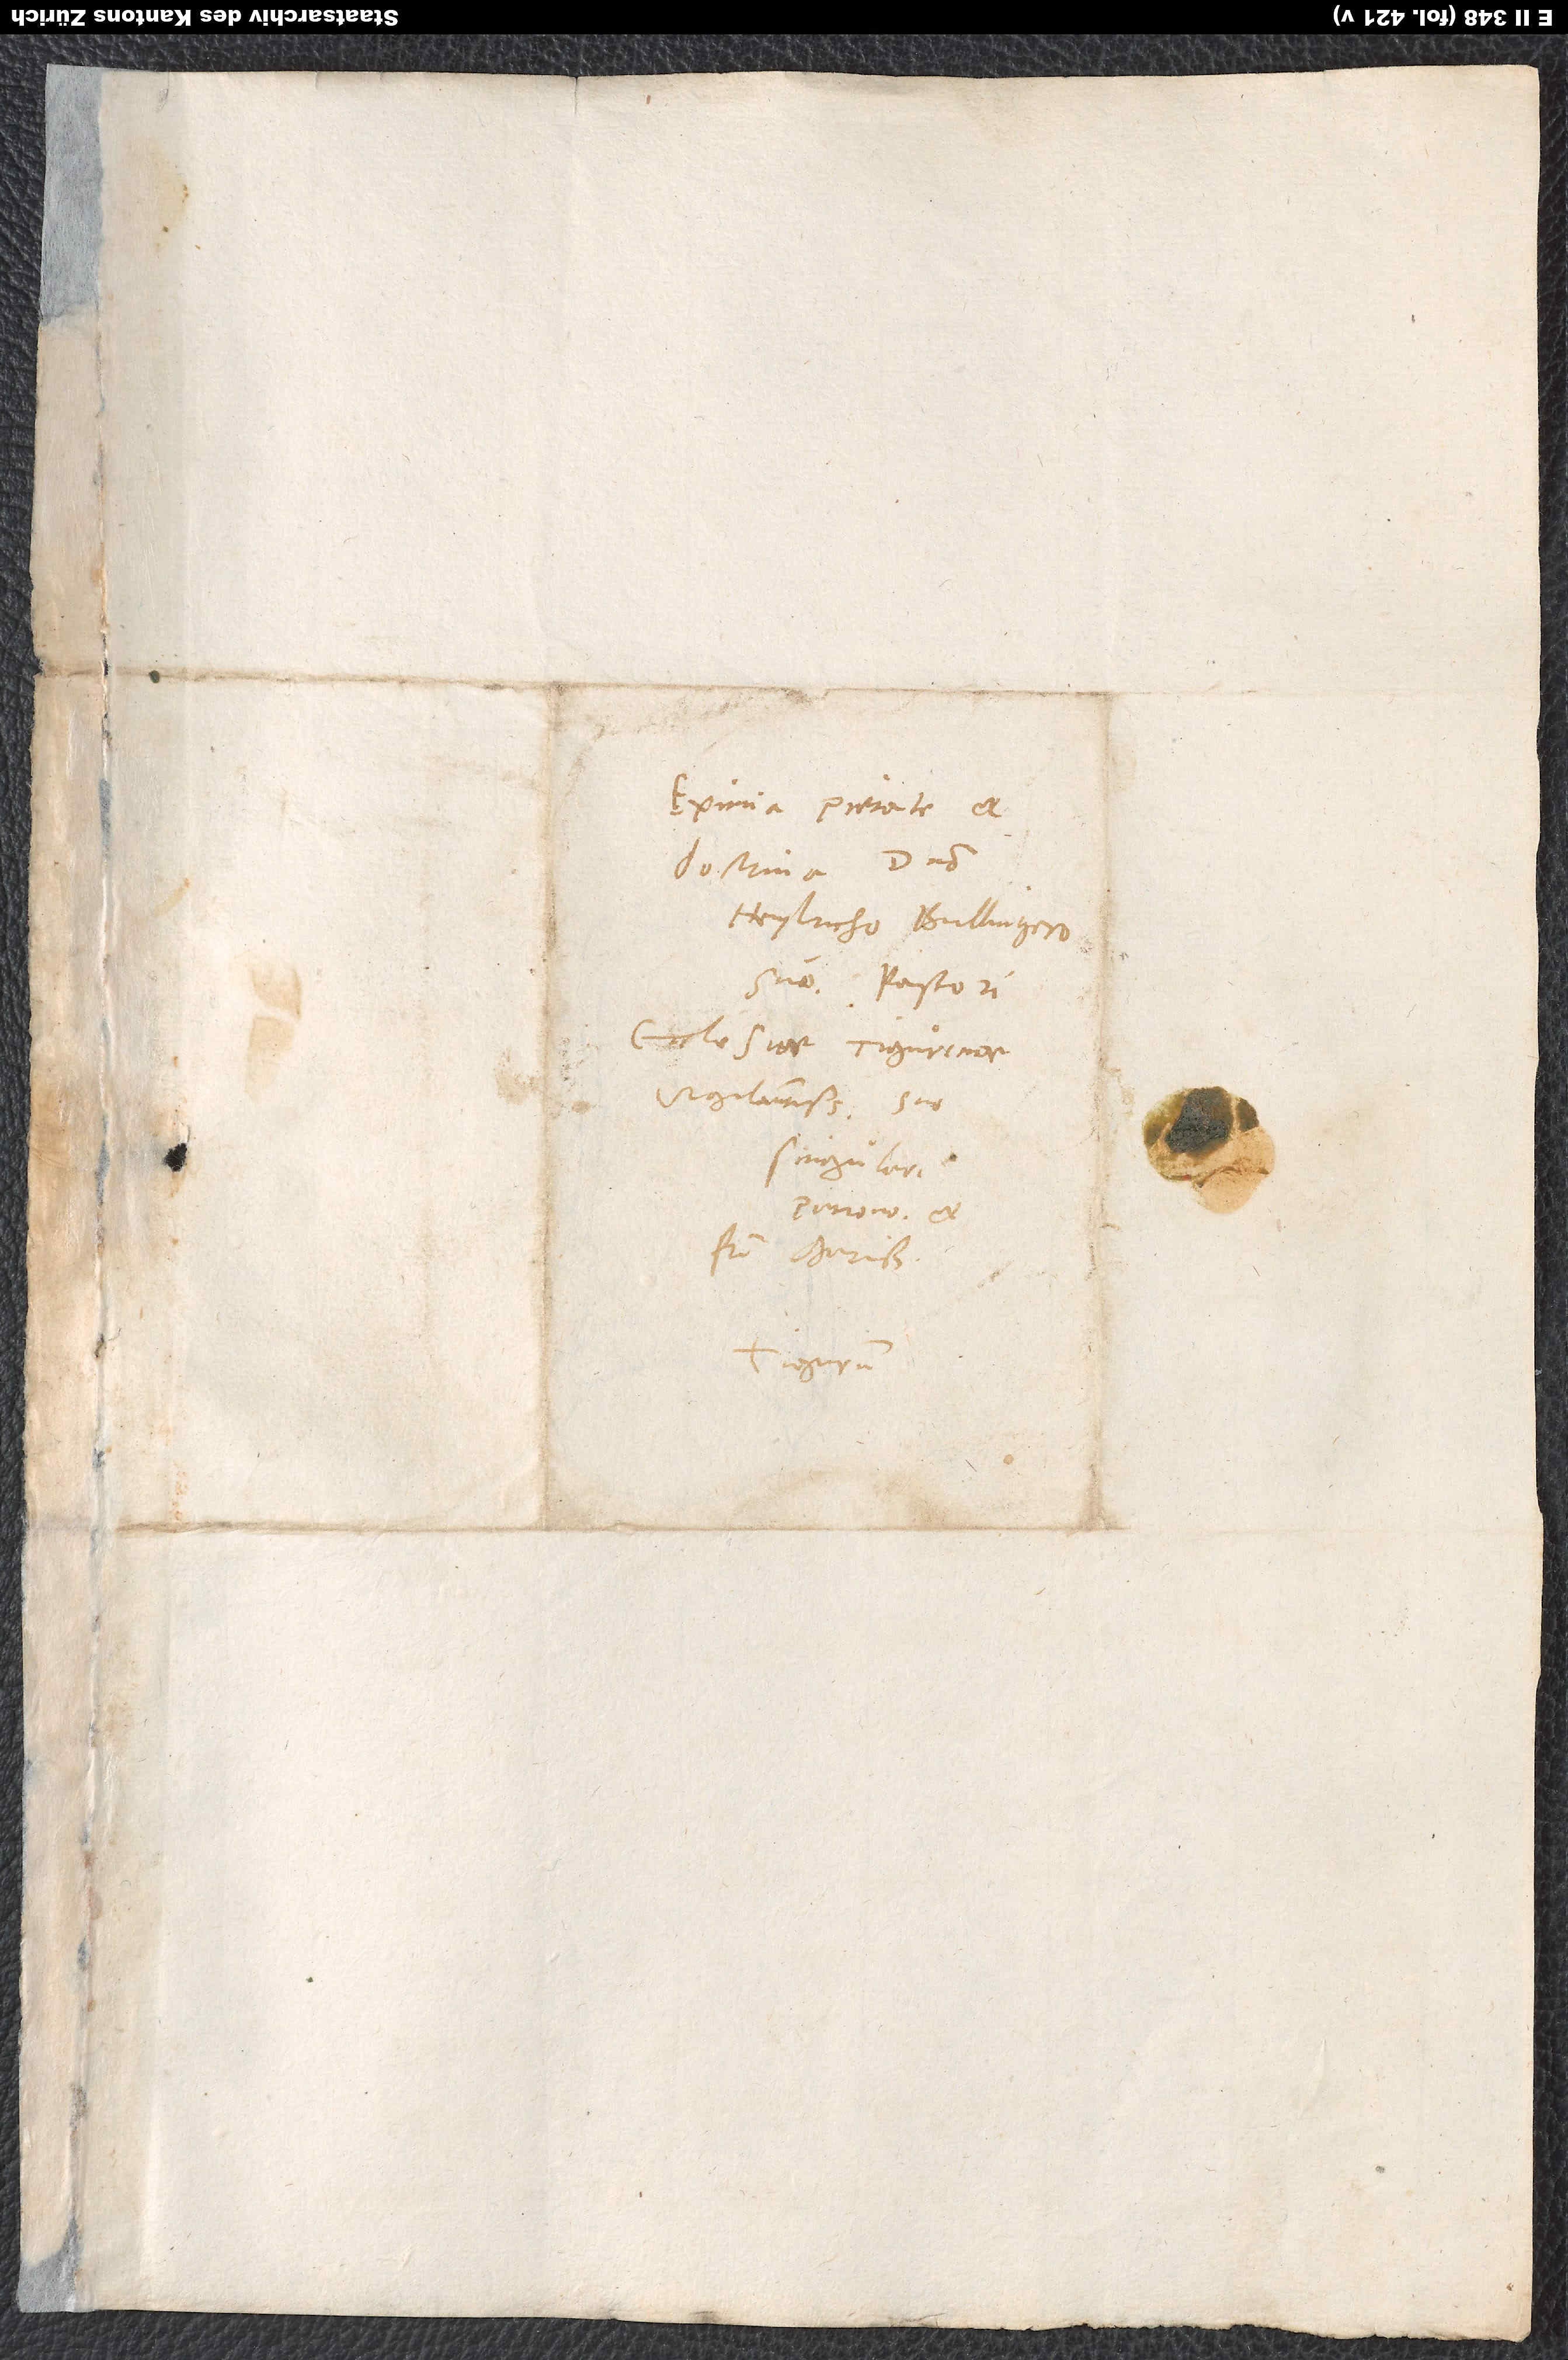
Eximia pietate et
doctrina domino
Heylricho Bullingero
suo, pastori
ecclesiae Tigurinae
vigilantissimo, suo
singulari
patrono et
fratri charissimo.
Tigurum.